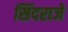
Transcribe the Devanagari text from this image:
सिंदराजे